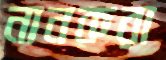
নানকরা